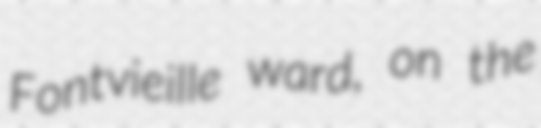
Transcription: Fontvieille ward, on the